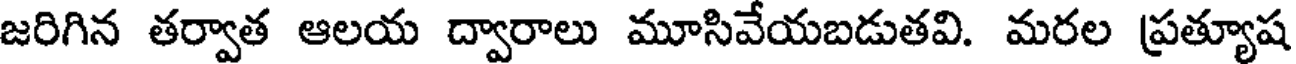
జరిగిన తర్వాత ఆలయ ద్వారాలు మూసివేయబడుతవి. మరల ప్రత్యూష